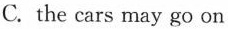
C.the cars may go on